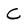
Character: C